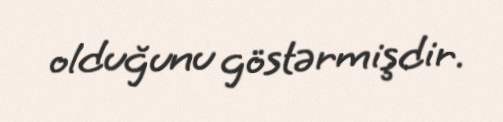
olduğunu göstərmişdir.